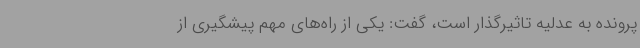
پرونده به عدلیه تاثیرگذار است، گفت: یکی از راه‌های مهم پیشگیری از